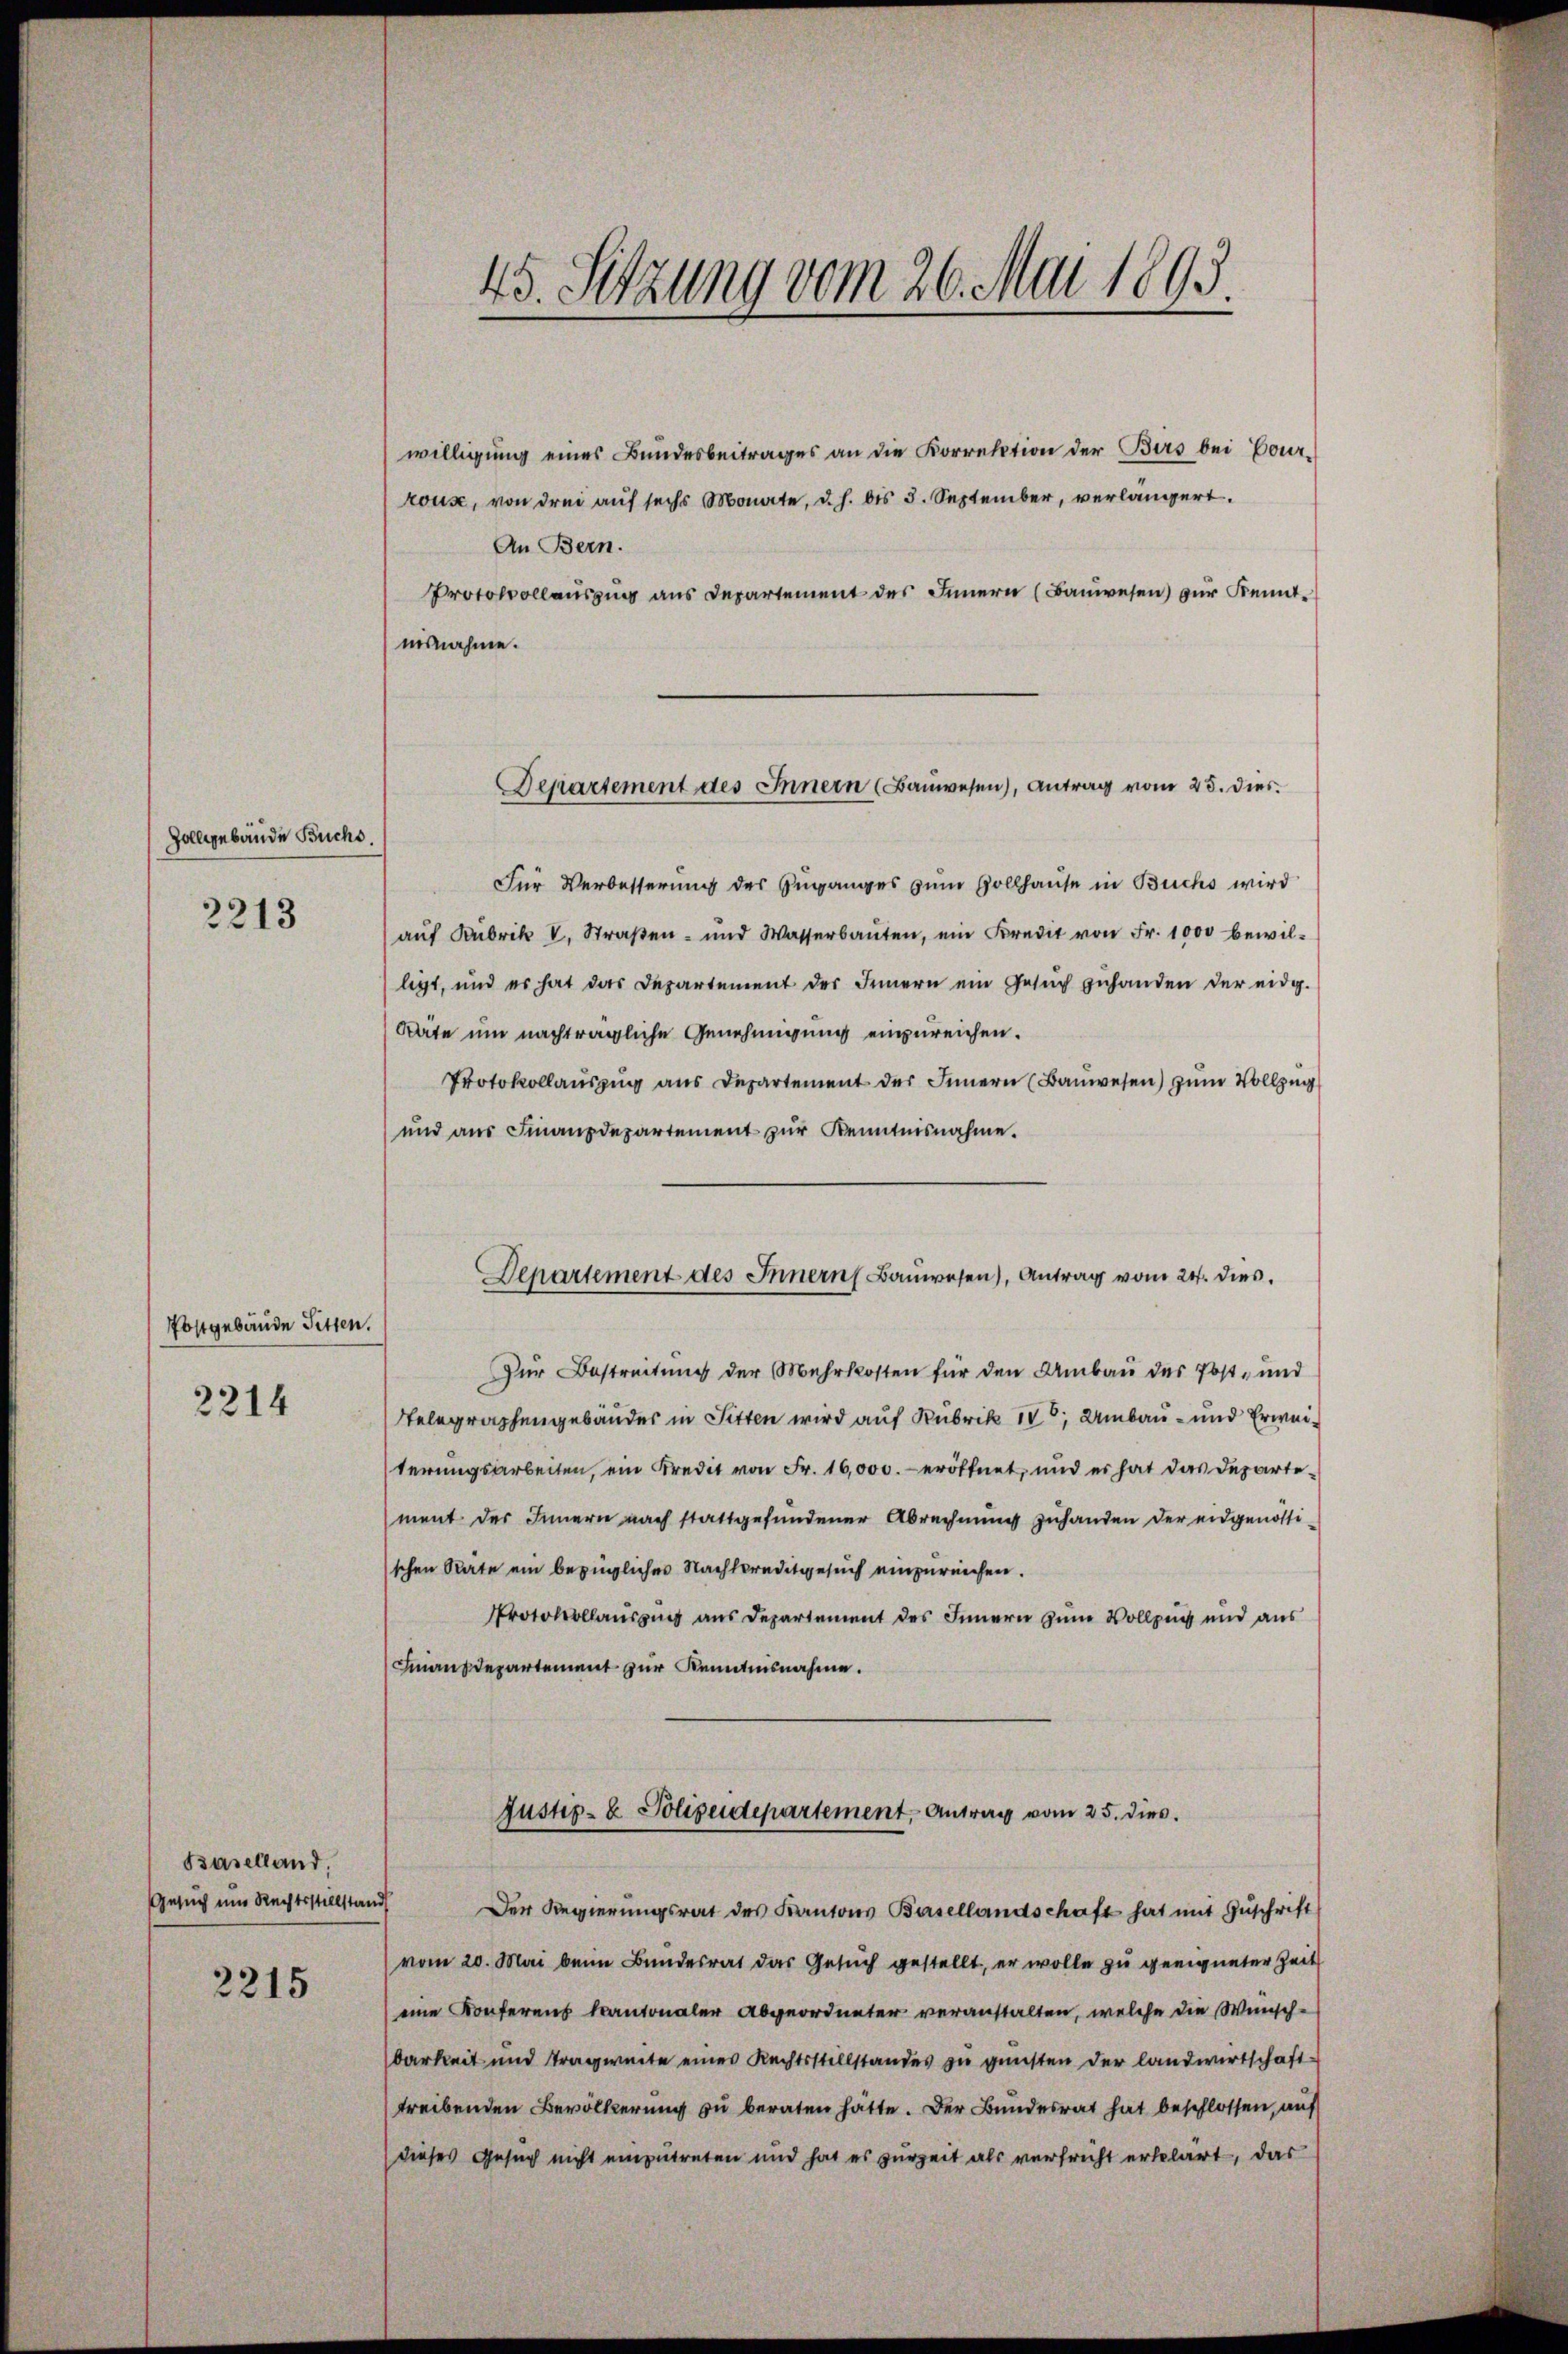
Zollgebäude Buchs.
2213

Postgebäude Sitten.
2214

Baselland.
Gesuch um Rechtsstellstands

2215

45. Sitzung vom 26. Mai 1893.

willigung eines Bundesbeitrages an die Korrektion der Birs bei Vor-
kous, von drei auf sechs Monate, d. h. bis 3. September, verlängert.
An Bern.
Protokollauszug aus Departement des Innern (Bauwesen) zur Kenntnisnahme.
Für Verbesserung des Zuganges zum Vollhause in Buchs wird
aŭf Kubrik V. Straβen- und Wasserbaŭten, ein Kredit von Fr. 1000 bewilligt, und es hat das Departement des Innern ein Gesŭch gehanden der eidg.
Säte um nachträgliche Genehmigung einzureichen.
Protokollaŭszŭg ans Departement des Innern (Baŭwesen) zum Vollzug
und aŭs Finanzdepartement zŭr Kenntnisnahme.
Zur Bestreitung der Mehrkosten für den Umbau des Post- und
Selegraphengebäudes in Sitten wird auf Rubrik 10; Umbau - und Erweiterungsarbeiten, ein Kredit von Fr. 16,000.- eröffnet, und es hat das Departement des Innern nach stattgefundener Abrechnung zuhanden der eidgenössischen Rate ein bezügliches Nachtpreditgesuch einzureichen.
Protokollauszug aus Departement des Innern zum Vollzug und aus
Inanzdepartement zur Kenntnisnahme.
Justiz- & Polizeidepartement, Antrag vom 25. dies
Der Regierungsrat des Kantons Basellandschaft hat mit Zŭschrift
vom 20. Mai beim Bundesrat das Gesuch gestellt, er wolle zu geeigneter Zeit
eine Konferens kantonaler Abgeordneter veranstalten, welche die Wünsch-
barkeit und Tragweite eines Rechtsstillstandes zu gunsten der landwirtschaft-
treibenden Bevölkerung zu beraten hatte. Der Bundesrat hat beschlossen, auf
dieses Gesuch nicht einzutreten und hat es zurzeit als verfricht erklärt, das

Departement des Innern (Bauwesen), Antrag vom 25. dies

Departement des Innern Baŭwesen), Antrag vom 24. dies